Leaving Certificate Examination (including Day School Certificate (Higher) General paper), 1935
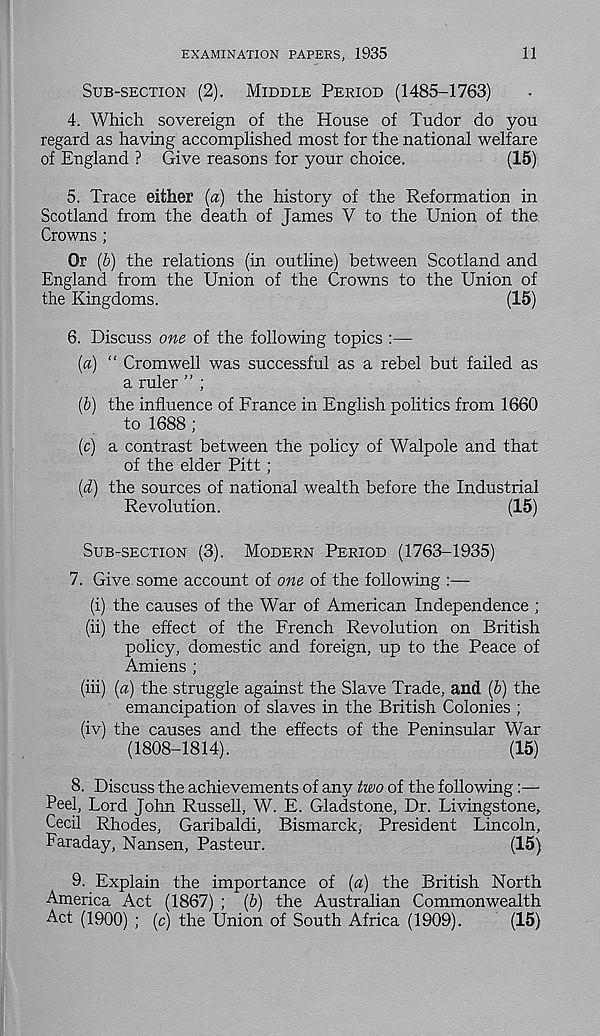
EXAMINATION PAPERS, 1935
11
SUB-SECTION (2). MIDDLE PERIOD (1485-1763)
4. Which sovereign of the House of Tudor do you
regard as having accomplished most for the national welfare
of England ? Give reasons for your choice.
(15)
5. Trace either (a) the history of the Reformation in
Scotland from the death of James V to the Union of the
Crowns ;
Or (b) the relations (in outline) between Scotland and
England from the Union of the Crowns to the Union of
the Kingdoms.
(15)
6. Discuss one of the following topics :—
(a) “ Cromwell was successful as a rebel but failed as
a ruler ” ;
(b) the influence of France in English politics from 1660
to 1688 ;
(c) a contrast between the policy of Walpole and that
of the elder Pitt;
(d) the sources of national wealth before the Industrial
Revolution.
(15)
SUB-SECTION (3). MODERN PERIOD (1763-1935)
7. Give some account of one of the following :—
(i) the causes of the War of American Independence ;
(ii) the effect of the French Revolution on British
policy, domestic and foreign, up to the Peace of
Amiens ;
(iii) (a) the struggle against the Slave Trade, and (b) the
emancipation of slaves in the British Colonies ;
(iv) the causes and the effects of the Peninsular War
(1808-1814).
(15)
8. Discuss the achievements of any two of the following:—
Peel, Lord John Russell, W. E. Gladstone, Dr. Livingstone,
Cecil Rhodes, Garibaldi, Bismarck, President Lincoln,
Faraday, Nansen, Pasteur.
(15)
9. Explain the importance of (a) the British North
America Act (1867) ; {b) the Australian Commonwealth
Act (1900) ; (c) the Union of South Africa (1909).
(15)